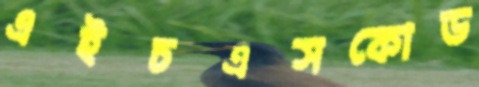
এইচএসকোড